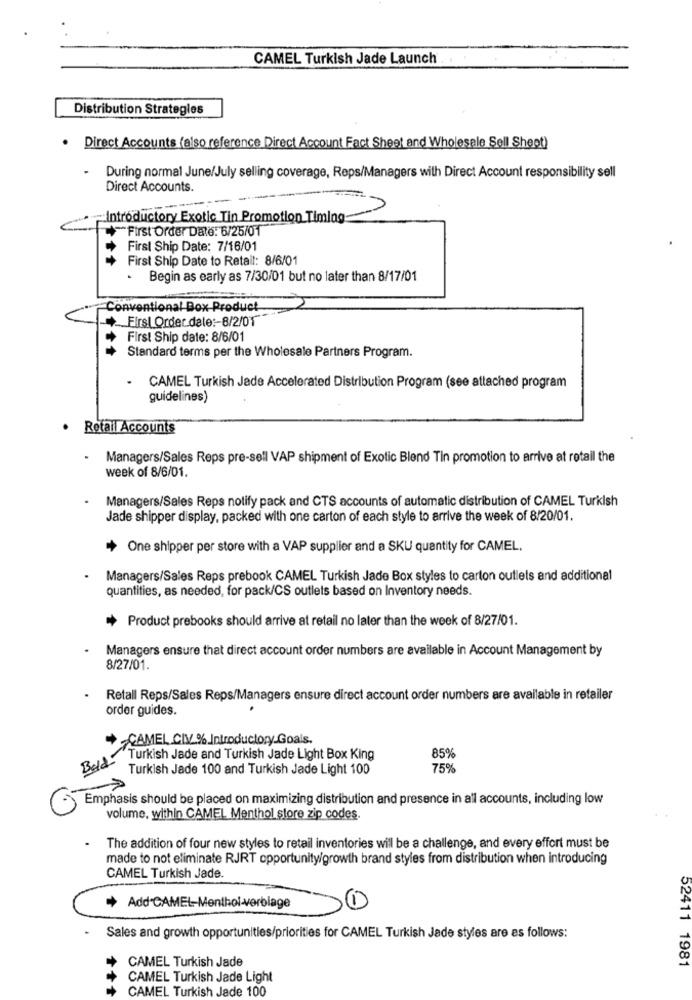
CAMEL Turkish Jade Launch
Distribution Strategies
. Direct Accounts (also reference Direct Account Fact Sheet and Wholesale Sell Sheet)
During normal June/July selling coverage, Reps/Managers with Direct Account responsibility sell
Direct Accounts.
Introductory Exotic Tin Promotion Timing
First Order Date: 6/25/01
First Ship Date: 7/16/01
First Ship Date to Retail: 8/6/01
. Begin as early as 7/30/01 but no later than 8/17/01
Conventional Box Product
First Order date :- 8/2/01
First Ship date: 8/6/01
Standard terms per the Wholesale Partners Program.
CAMEL Turkish Jade Accelerated Distribution Program (see attached program
guidelines)
Retail Accounts
.
Managers/Sales Reps pre-sell VAP shipment of Exotic Blend Tin promotion to arrive at retail the
week of 8/6/01.
Managers/Sales Reps notify pack and CTS accounts of automatic distribution of CAMEL Turkish
Jade shipper display, packed with one carton of each style to arrive the week of 8/20/01.
+ One shipper per store with a VAP supplier and a SKU quantity for CAMEL.
Managers/Sales Reps prebook CAMEL Turkish Jade Box styles to carton outlets and additional
quantities, as needed, for pack/CS outlets based on Inventory needs.
Product prebooks should arrive at retail no later than the week of 8/27/01.
Managers ensure that direct account order numbers are available in Account Management by
8/27/01.
Retall Reps/Sales Reps/Managers ensure direct account order numbers are available in retailer
order guides.
CAMEL CIV % Introductory Goals.
Bold
"Turkish Jade and Turkish Jade Light Box King
85%
Turkish Jade 100 and Turkish Jade Light 100
75%
Emphasis should be placed on maximizing distribution and presence in all accounts, including low
volume, within CAMEL Menthol store zip codes.
The addition of four new styles to retail inventories will be a challenge, and every effort must be
made to not eliminate RJRT opportunity/growth brand styles from distribution when introducing
CAMEL Turkish Jade.
Add CAMEL-Menthol-verbiage
1
Sales and growth opportunities/priorities for CAMEL Turkish Jade styles are as follows:
CAMEL Turkish Jade
52411 1981
11
CAMEL Turkish Jade Light
CAMEL Turkish Jade 100